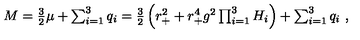
M = \textstyle { \frac { 3 } { 2 } } \mu + \sum _ { i = 1 } ^ { 3 } q _ { i } = \textstyle { \frac { 3 } { 2 } } \left( r _ { + } ^ { 2 } + r _ { + } ^ { 4 } g ^ { 2 } \prod _ { i = 1 } ^ { 3 } H _ { i } \right) + \sum _ { i = 1 } ^ { 3 } q _ { i } \ ,